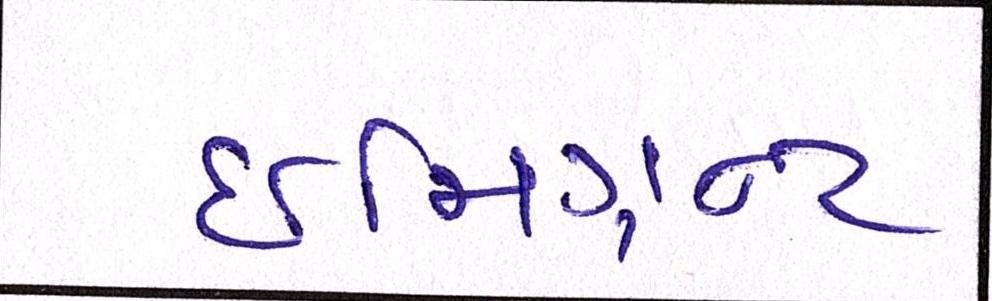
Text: ઈમિગ્રન્ટ